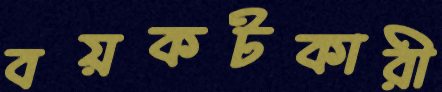
বয়কটকারী